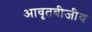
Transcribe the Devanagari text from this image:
आवृतबीजीय